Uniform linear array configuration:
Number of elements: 4
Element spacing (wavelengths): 0.75
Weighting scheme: cosine
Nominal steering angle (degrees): -45
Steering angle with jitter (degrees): -45.783
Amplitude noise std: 0.05
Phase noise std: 0.05

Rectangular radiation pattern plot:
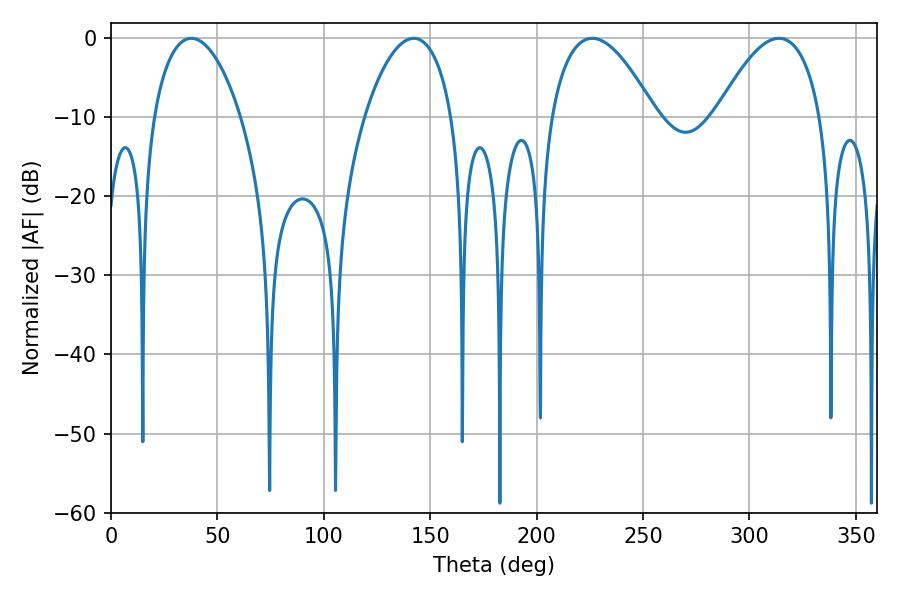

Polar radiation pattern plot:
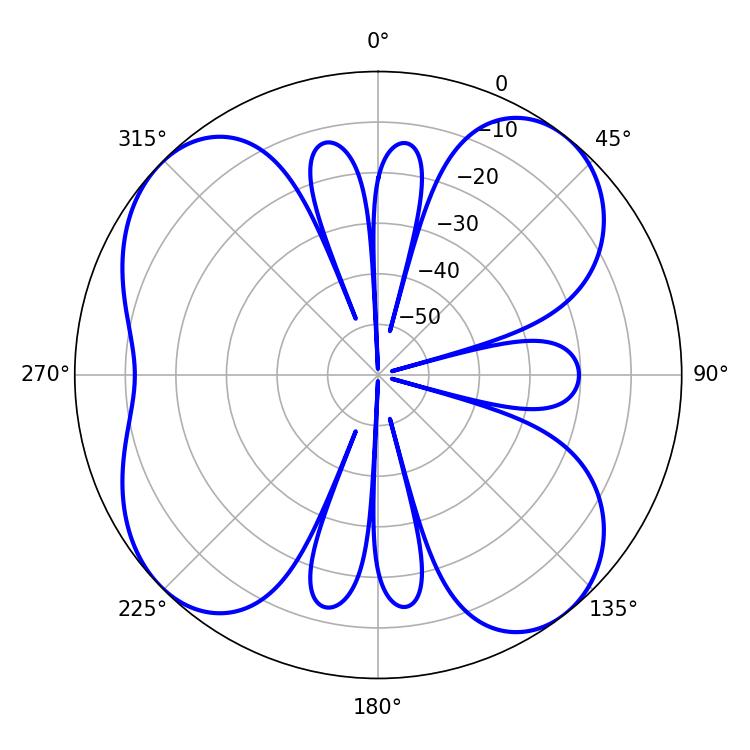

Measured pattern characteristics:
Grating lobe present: TRUE
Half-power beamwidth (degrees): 23.04
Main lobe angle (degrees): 37.8